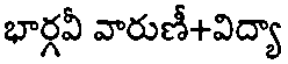
భార్గవీ వారుణీ+విద్యా